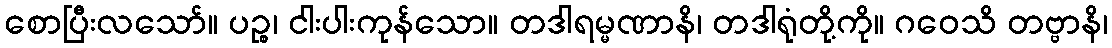
စောပြီးလသော်။ ပဉ္စ၊ ငါးပါးကုန်သော။ တဒါရမ္မဏာနိ၊ တဒါရုံတို့ကို။ ဂဝေသိ တဗ္ဗာနိ၊